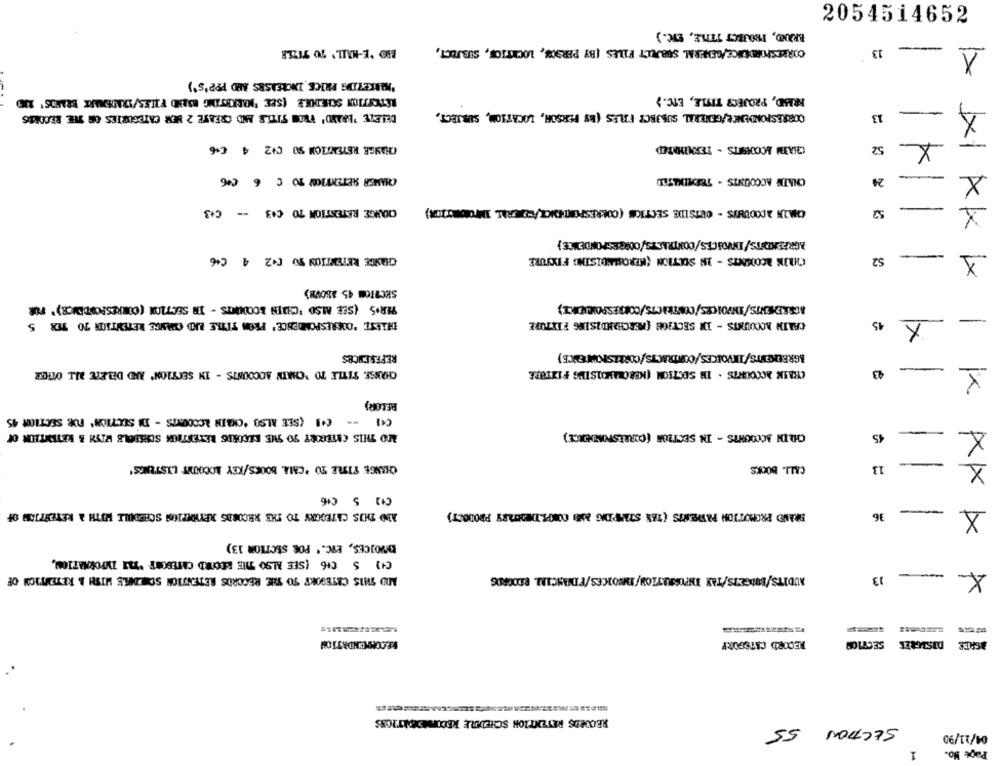
BRAND, PROJECT TTHE, ETC.)
2054514652
BID 'E-MAIL' TO TIMER
CORRESPONDENCE/GENERAL SUBJECT FILES (BY PERSON, LOCKTION, SUBJECT,
13
1
"MARKETING PRICE INCREASES AND PPP'S')
KRISD, PROJECT TITLE, ETC.›
DELETE 'BRAND' FROM TITLE AND CREATE 2 MER CATEGORIES OF THE BECOMES
CORRESPONDENCE/GENERAL SUBJECT FILES (BY PERSON, LOCATION, SUBJECT,
13
-
CHANGE RETENTION SO C+2 4 0+6
CHATM ACCDIGITS - TERMINATED
52
X
-
X
CHAMER RETENTION TO C 6 0KG
CHATIN ACCOUNTS - TERMINATED
24
CHAIN ACCOUNTS - OUTSIDE SECTION (CORRESPONDENCE/CD ERAL SITOORIER)
ORANGE RETENTION TO C+3 == C+3
52
1
CHANGE RETENTION 90 [+2 4 C+6
CHIN ACODANTS - IN SECTION (MEROUNDISING FIXTURE
S2
1
SECTION 45 ASOVH)
TER'S (SEE ALSO 'CHRIN LOODUMTS - IN SECTION (CORRESPONDENCE)' FOR
DELETE 'DDERESPONDENCE' PRON TITLE LID CHANGE RETENTION TO TER 5
CALIN MYCOUNTS - IN SECTION [MERCHANDISING FIXTURE
45
×
REFERENCES
CHALK ACCOUNTS . IN SECTION (KEROMAMEDISTUS FIXTURE
CHANSE. TITLE TO "CHAIN ACCOUNTS - IN SECTION' AND DELETE ALL OTHER
43
BELOR)
(+) -- [+] (SEE ALSO *CHAIN ACCOUNTS - DI SECTION' FOR SECTION 45
MO THIS CATEGORY 9O SHE RECORDS RETESTICK SORSDOLE WISH & RETENTION Of
OHRIN ACCOUNTS - IN SECTION (CORRESPONDENCE)
45
-
×
-
CHANGE TITLE TO 'CALA, BOOKS/KEY LOCOUNT LISTUNGS'
CALI. BOCKS
13
X
C+2 5 016
1DO DIDOS CATEGORY TO THE RECORDS XPYMOTION SCHEDULE WITH & RETENTION OF
BRAND PROMOTION PATIENTS ( THX STAMPING ME COMPLDIETARY PRODOCT)
-
X
36
INVOICES, ETC.' POR SECTION 13)
(1) 5 016 (SEE ALSO THE RECORD CATESCHT "FLI INFORMATION.
ADD THIS CATEGORY TO THE RECORDS RETENTION SONDES WISH & RETENTION OF
AUDITS/BRIGETS/TAX INFORMATION/INDICES/FINANCIAL RECORDS
13
RECOMMENDATION
RECORD CATEGORY
SECTION
DISMART
AGREE
RECORDS RETENTION SCHEUDLE RECORDSATIONS
SECTION 55
04/11/90
Page No.
1